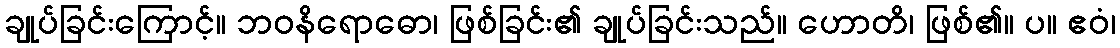
ချုပ်ခြင်းကြောင့်။ ဘဝနိရောဓော၊ ဖြစ်ခြင်း၏ ချုပ်ခြင်းသည်။ ဟောတိ၊ ဖြစ်၏။ ပ။ ဧဝံ၊